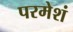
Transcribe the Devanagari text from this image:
परमेशं